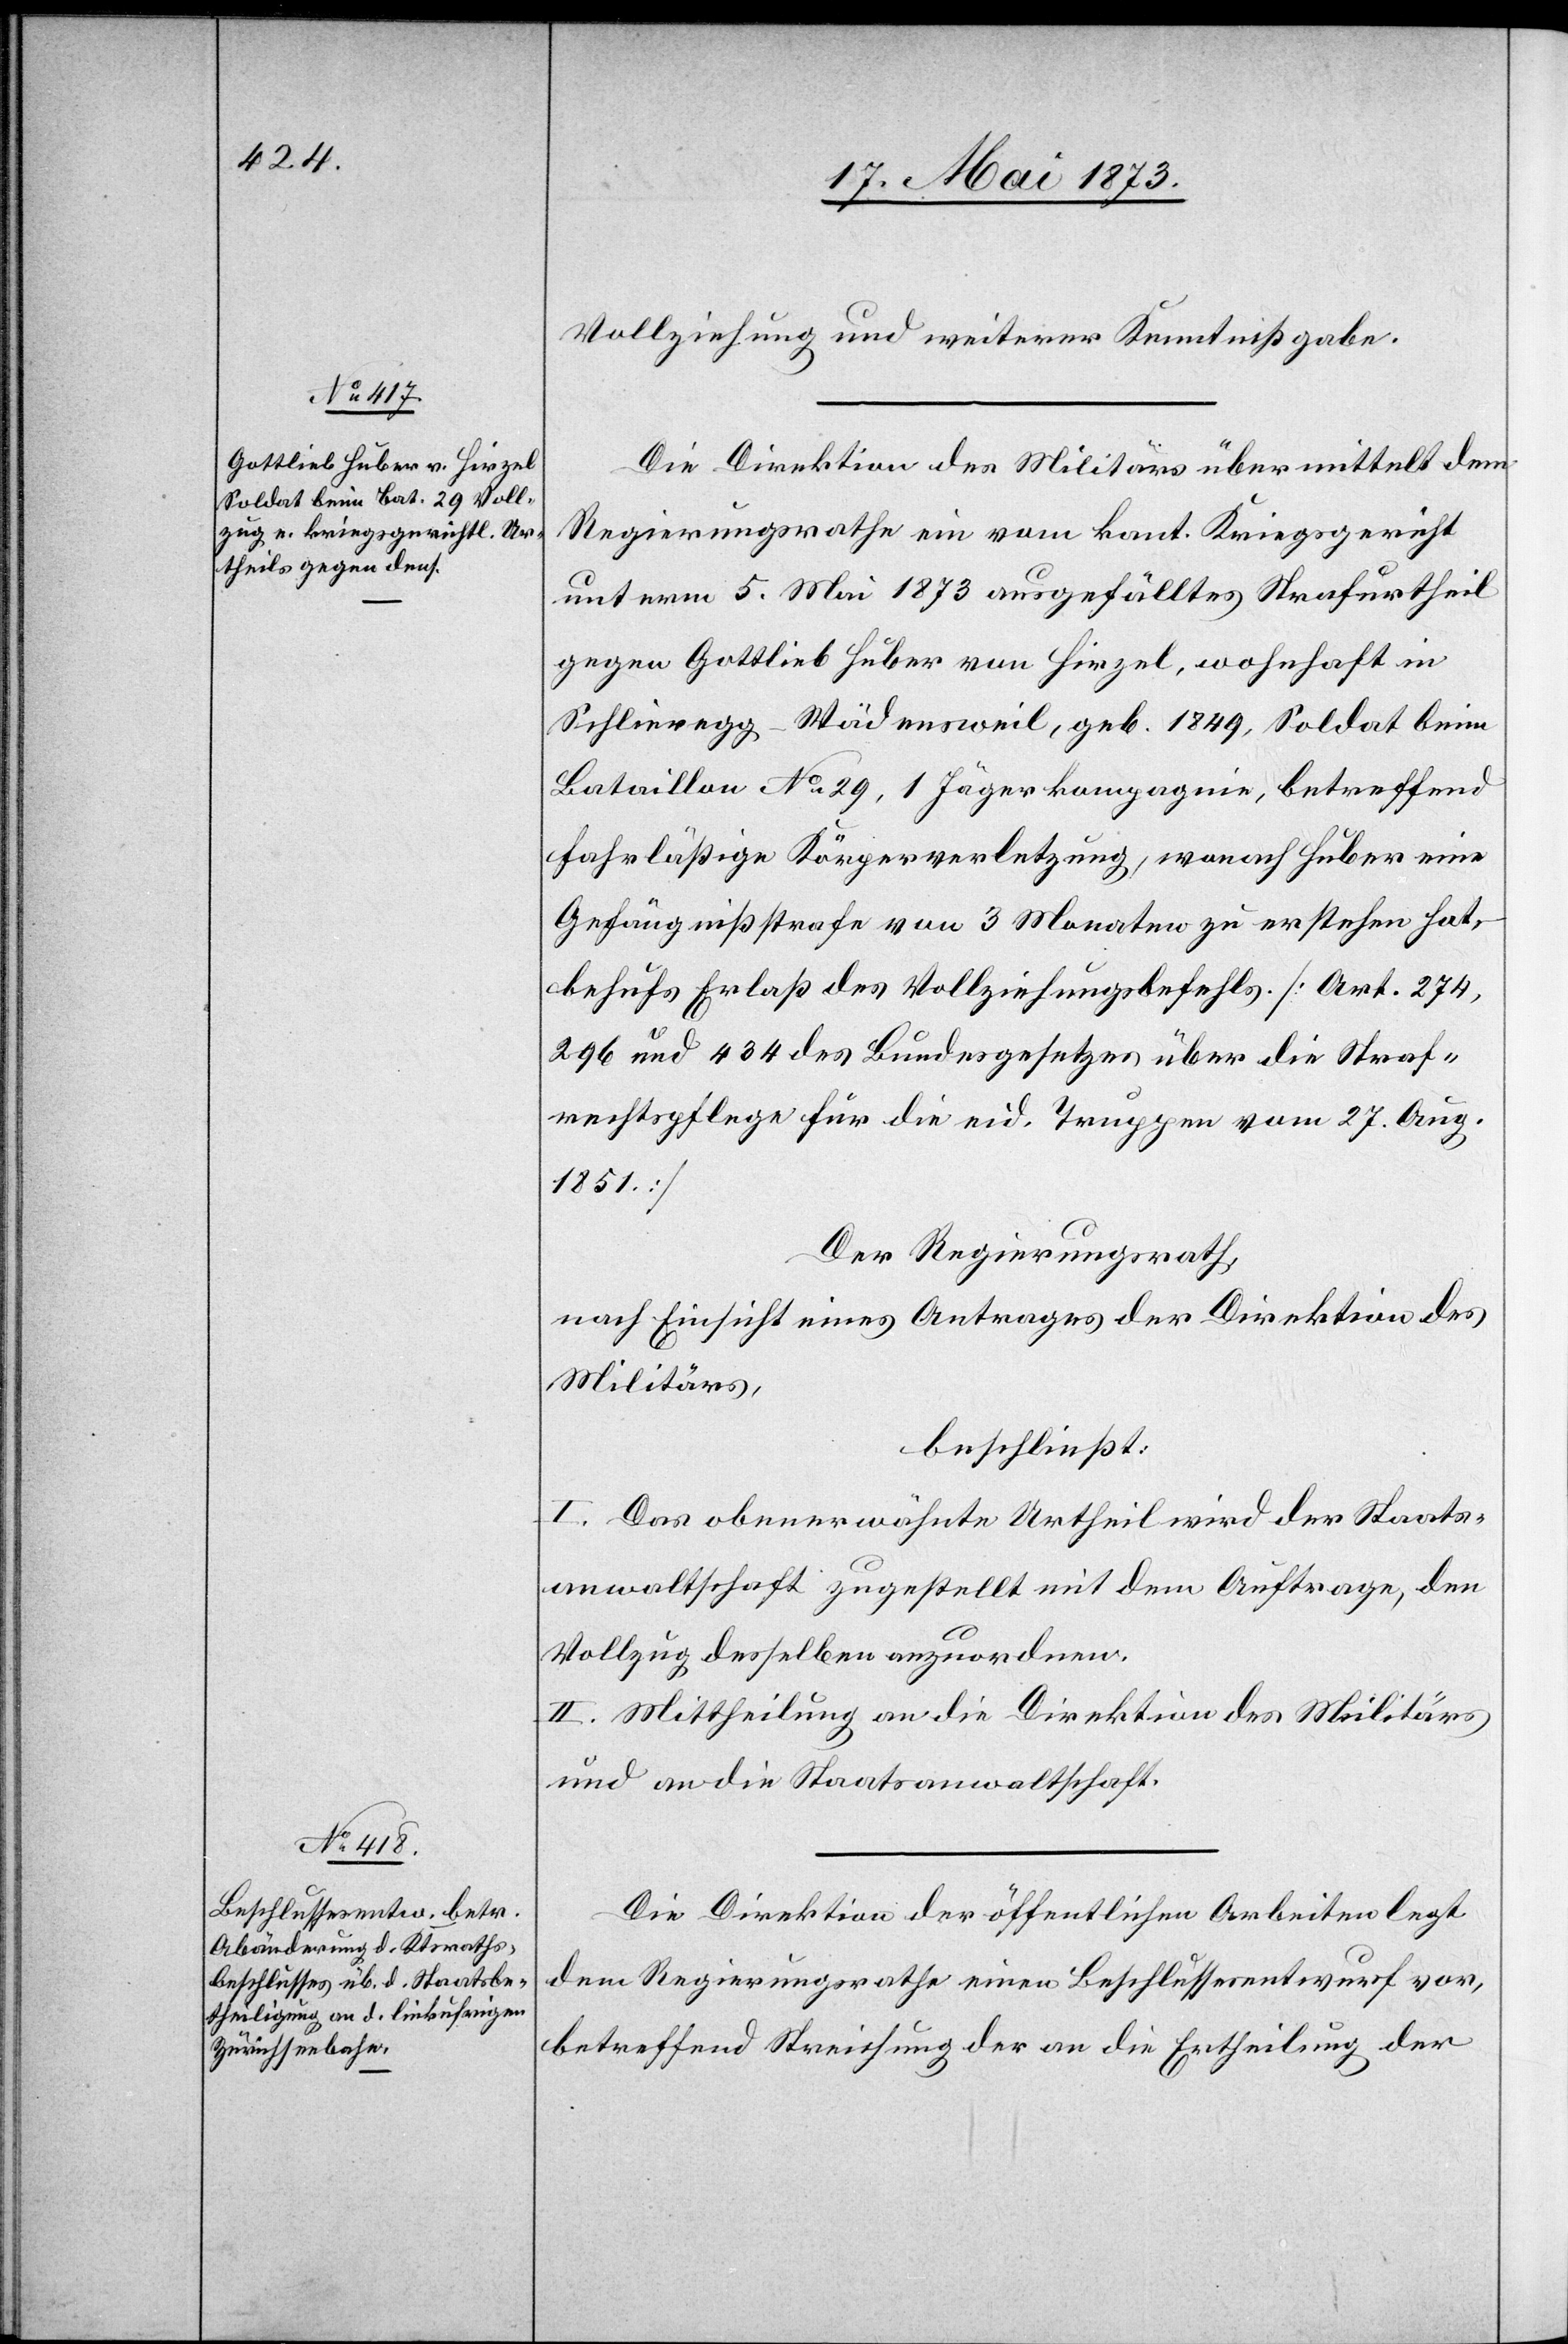
Vollziehung und weiterer Kenntnißgabe.
Die Direktion des Militärs übermittelt dem
Regierungsrathe ein vom kant. Kriegsgericht
unterm 5. Mai 1873 ausgefälltes Strafurtheil
gegen Gottlieb Huber von Hirzel, wohnhaft in
Schlieregg-Wädensweil, geb. 1849, Soldat beim
Bataillon No 29, 1 Jägerkompagnie, betreffend
fahrläßige Köperverletzung, wonach Huber eine
Gefängnißstrafe von 3 Monaten zu erstehen hat,
behufs Erlaß des Vollziehungsbefehls. [Art. 274,
296 und 434 des Bundesgesetzes über die Straf¬
rechtspflege für die eid. Truppen vom 27. Aug.
1851]
Der Regierungsrath,
nach Einsicht eines Antrages der Direktion des
Militärs,
beschließt:
I. Das obenerwähnte Urtheil wird der Staats¬
anwaltschaft zugestellt mit dem Auftrage, den
Vollzug desselben anzuordnen.
II. Mittheilung an die Direktion des Militärs
und an die Staatsanwaltschaft.
Die Direktion der öffentlichen Arbeiten legt
dem Regierungsrathe einen Beschlussesentwurf vor,
betreffend Streichung der an die Ertheilung der